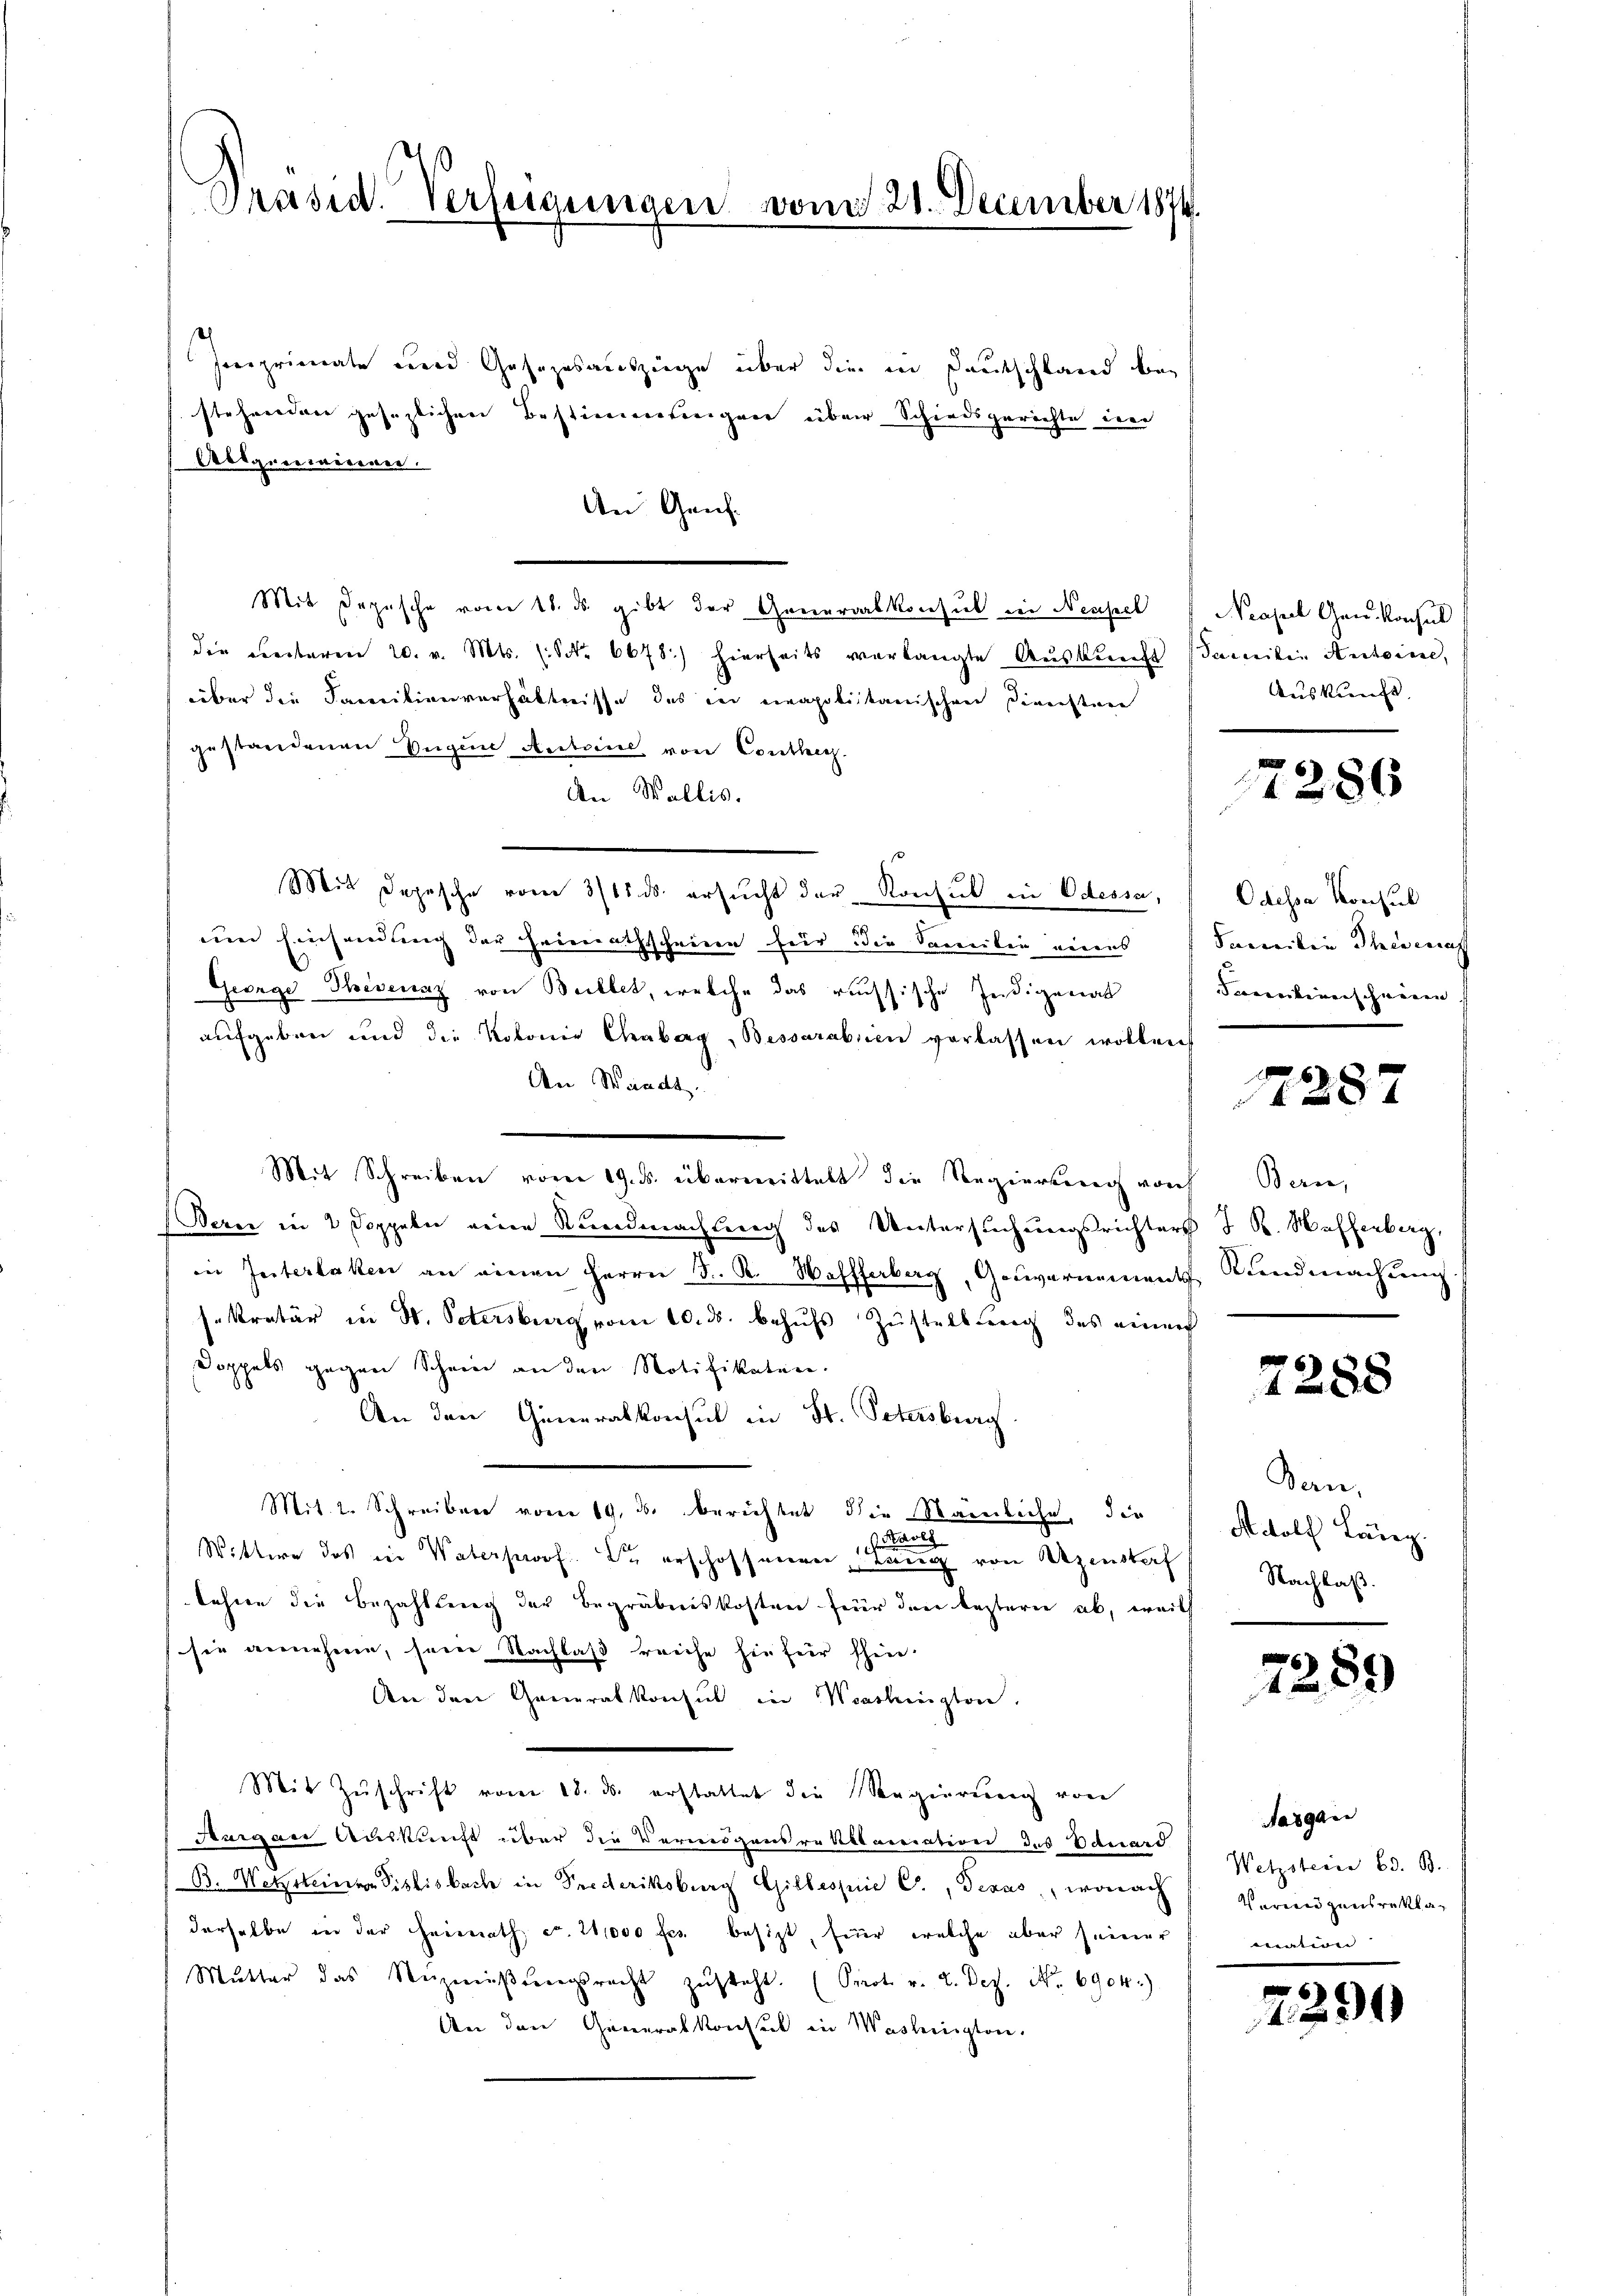
Präsid. Verfügungen vom 21. December 1874.

Imprimate und Gesezesauszüge über die in Deutschland bei
steheredner gesezlichen Bestimmtengere über Schiedsgerichte der
Allgemeinen.
An Genf.
Mit Depesche vom 18. ds. gibt der Generalkonsul in Neuseel
die ventaren 20. v. Mts. s. S. 6678) hierseits verlangte Aŭskŭnft damitin Antoine,
über die Familienverhältnisse des in einapoliitanischen Diensten
gestandenen Segen Antoine von Conther.
den Wallis.
Mit Depesche vom 3/18. ds. ersucht der Konsul in Odessa,
em Einsendung der Heimathscheine für die Saniten einaus
George Thevenaz von Bellet, welche das russische Indigenat
aufgeben und die Kolonie Chabarg, Bessarabien verlassen wollen,
An Waadt.
Mit Schreiben vom 19. ds. übermittelt die Regierung von Bern,
Berei in 2 Doppeln eine Kundmachtung des Untersuchungsrichters J. R. Waffenbarg,
in Interlaken an einen Herrn J. R. Wafffabag, Gouvernement Kundmachung
sekretär in St. Petersburg vom 10. ds. behufs Zustellung des einer
Doppels gegen Scheine an den Notifikaten.
An den Generalkonsul in St. Petersburg
Mit. 2. Schreiben vom 19. ds. berichtet die Nämliche, die
 Paol
Wittwe des in Vaterswofer erschofsamen,
tung von Uzensterf
lehren die Bezahlung der Begräbniskosten für den bestern ab, weils
sie annehmen, seine Nachlaß reiche sie für shin.
An den Generalkonsul in Washington.
Mit Zŭschrift vom 18. ds. erstattet die Regierŭng von
daigen Auskunft über die Vermögens rekllariation des Eduard
B. Wetzsteiner Sistisbach in Prederiksburg Gilbespice C., Texas, wonach
derselbe in der Heimath ca. 21,000 fl. besizt, für welche aber seiner
Mŭtter das Nezmiβŭngsrecht zŭsteht. (Prot. v. 2. Dez. No. 6904)
An den Generalkonsul in Washington.

Neapel Gen. Konsul
Auskunft.

7286

Odessa Konsul
Samilie Therenaf
Frcentinenschweren

287

7288

Ban
Adolf Lanz.
Nachlaß.

7289

Jasgan
Wetzsteine Ed. B.
Vermögensreklamation

2290